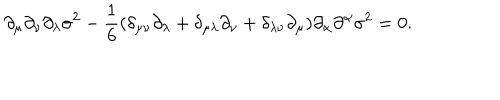
LaTeX: \partial _ { \mu } \partial _ { \nu } \partial _ { \lambda } \sigma ^ { 2 } - \frac { 1 } { 6 } ( \delta _ { \mu \nu } \partial _ { \lambda } + \delta _ { \mu \lambda } \partial _ { \nu } + \delta _ { \lambda \nu } \partial _ { \mu } ) \partial _ { \alpha } \partial ^ { \alpha } \sigma ^ { 2 } = 0 .